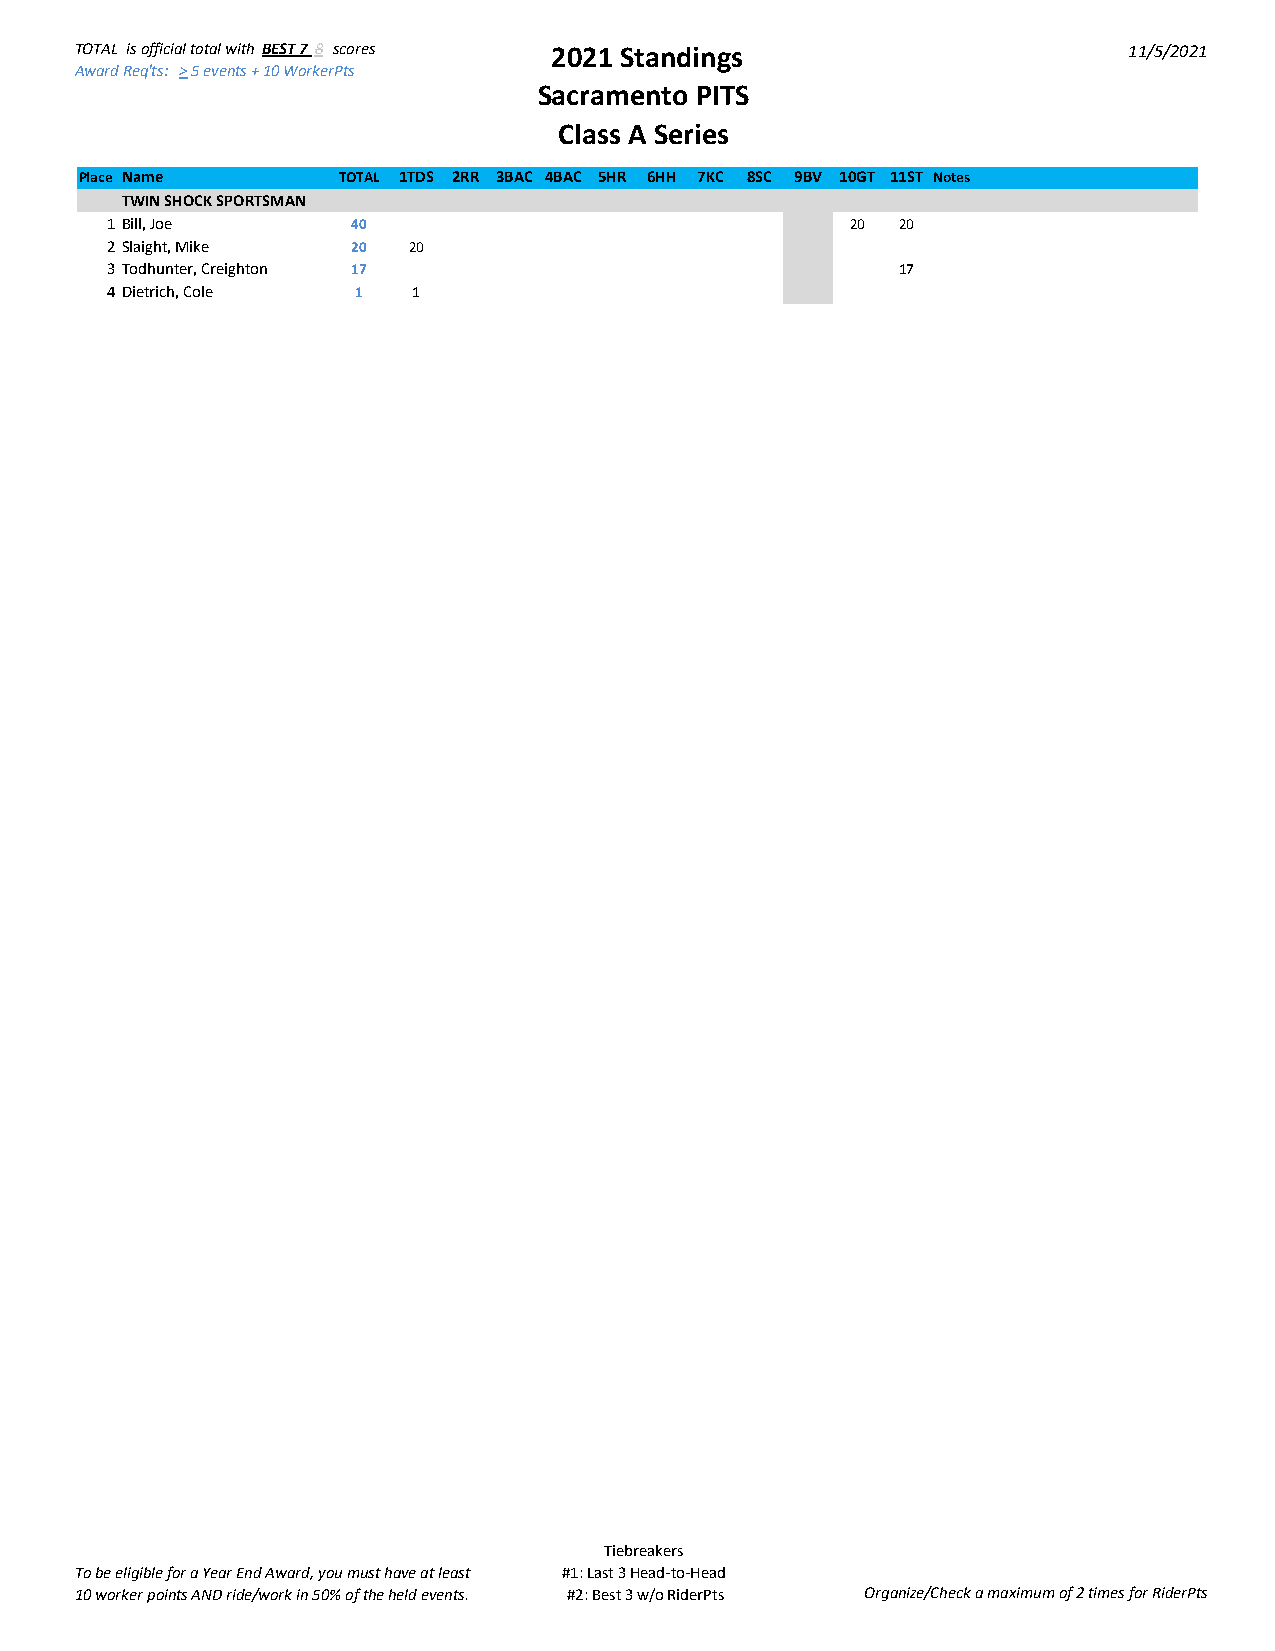
TOTAL is official total with BEST 7 8 scores 2021 Standings           11/5/2021
 Award Req'ts: >5 events + 10 WorkerPts
 Sacramento PITS
 Class A Series
 Place Name       TOTAL 1TDS 2RR 3BAC 4BAC 5HR 6HH 7KC 8SC 9BV 10GT 11ST Notes
 TWIN SHOCK SPORTSMAN
 1 Bill, Joe     40                               20  20
 2 Slaight, Mike 20  20
 3 Todhunter, Creighton 17                            17
 4 Dietrich, Cole 1  1
 Tiebreakers
 To be eligible for a Year End Award, you must have at least #1: Last 3 Head-to-Head
 10 worker points AND ride/work in 50% of the held events. #2: Best 3 w/o RiderPts Organize/Check a maximum of 2 times for RiderPts